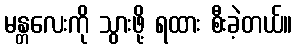
မန္တလေးကို သွားဖို့ ရထား စီးခဲ့တယ်။